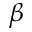
\beta